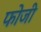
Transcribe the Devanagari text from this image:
फोजी